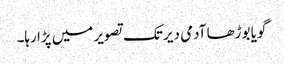
گویا بوڑھا آدمی دیر تک تصویر میں پڑا رہا۔